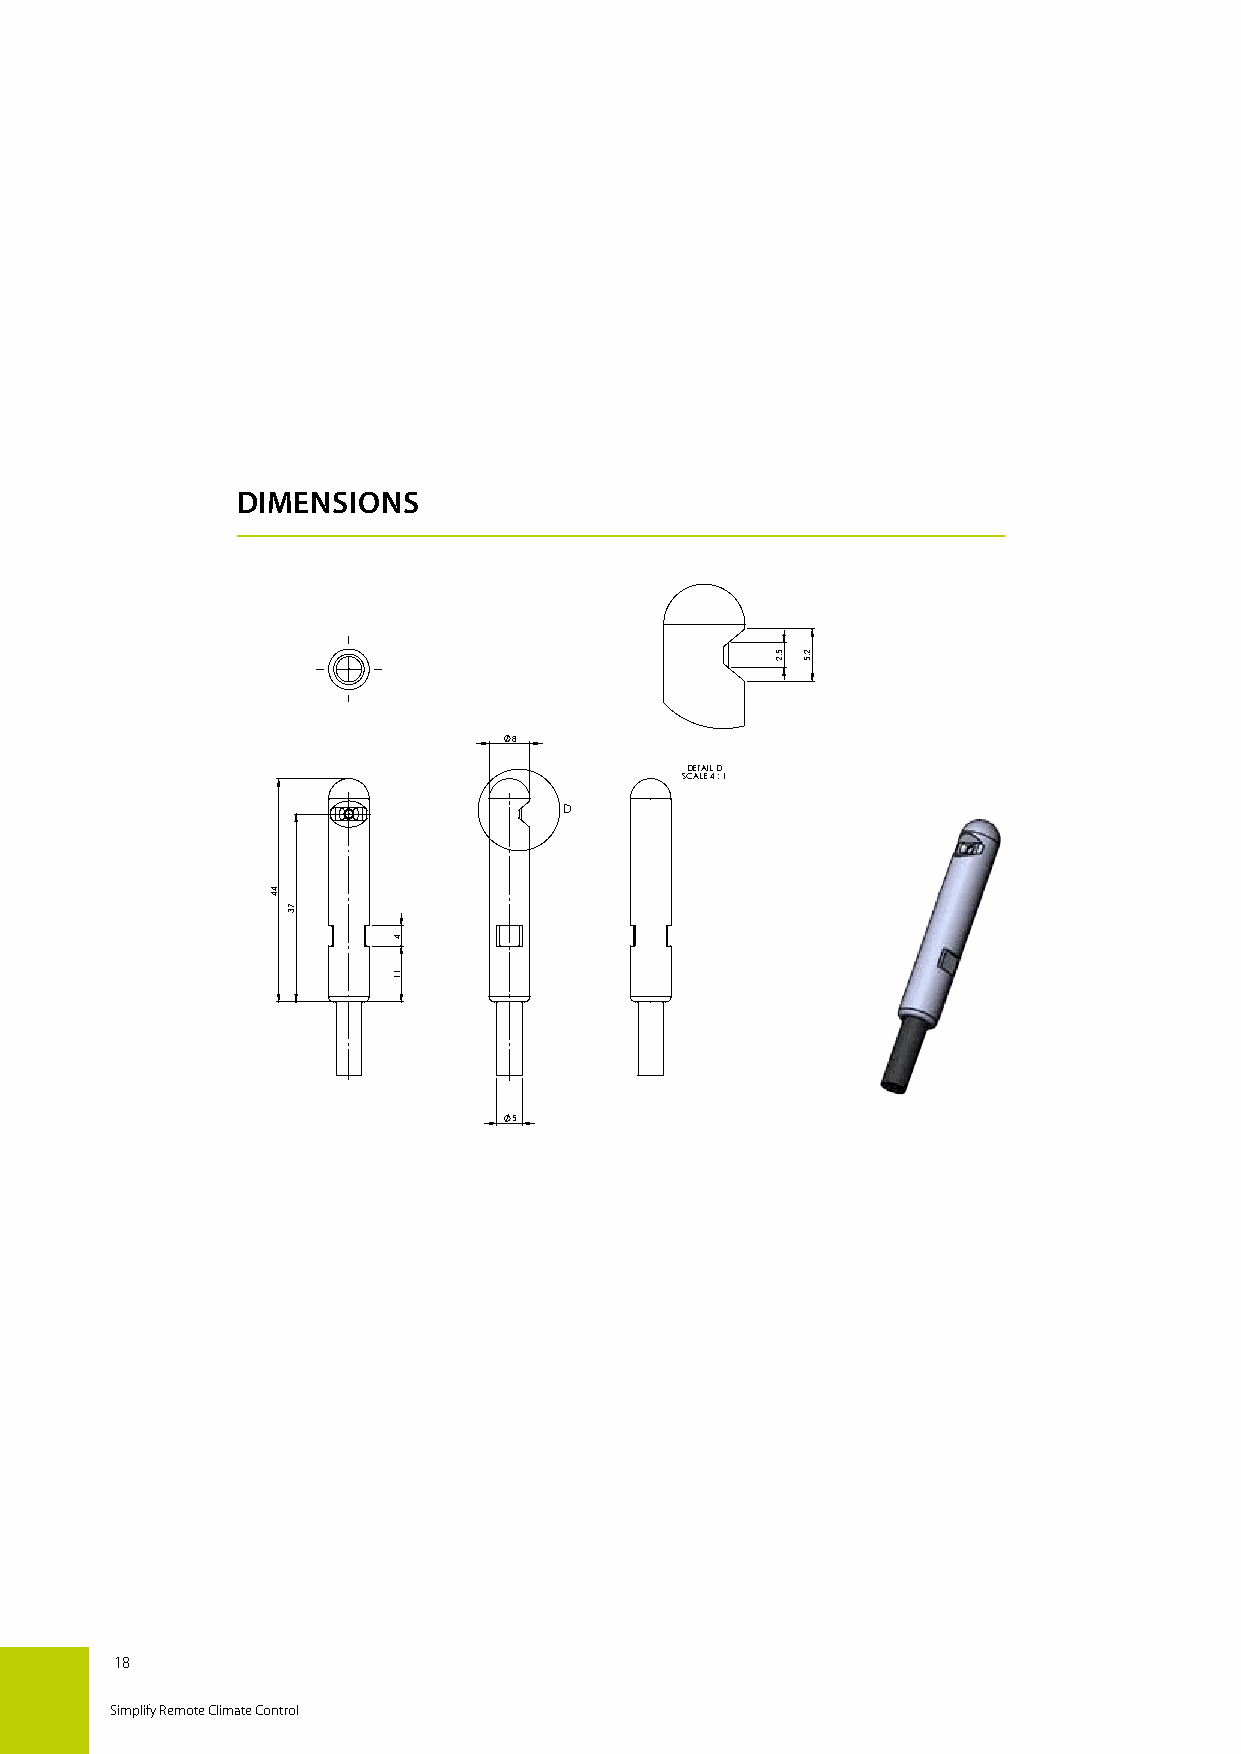
DIMENSIONS
 8
 DETAIL D
 SCALE 4 : 1
 D
 5
 Molded in Technomelt PA 6208 Black
 LDiSn/eISaOr d 2im76e8n-smio. nAsn gwuitlahro udtim toelnesraionncse sw aitchcoourtd tionlge rtaon ces: ± 1° Sprhoeceetsmse etaqlu filpamtsetantte a ins db aiss eodn loyn in Dteanndtheedr mas A ai rg Huiadned.ling A/S Staubrlfea cLeZ Ta p1p4e2a 0r0a0n1c,e c aactecgoordryin gE tRoR rOefRe!r:eNnecwe Attribute8
 MATERIAL:       REV. BY:bof
 THICKNESS:- WEIGHT:2.56g DATE: 18-12-2018
 TewAps rh lilots i hs dpeo eenD usrcr t ti e ya g w w noth sri fn i et sog tre are ii n ig s do i anff Cu uaw or ttn hei mlilods pnr h bi Saoze yntad C ybtD i w oe a Aan i nnrt he Ldtbh p yt Ewehr oDre i :lmd l a uu b N nn Ac etdeh/ OSpede r r r o Tais mn trt e a e w TA cn th t/d h OeSoi edn .l e g b S o ythr C P aint a A t tph e Lae nr t Et s . R EH R Rs Oe Rn !:s Do er s cc rio ptm ionp Dle Kte D PR EAAE RF T. E RT: : NO R1b O8o -f 12 R-20 !1 :7 R PE AV a.: rt_no
 18
 Simplify Remote Climate Control
 44
 73
 4
 11
 5,2 2,5
 PART
 NO
 REV.:
 ERROR!:ParAt_no